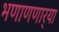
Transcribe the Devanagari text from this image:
भणाणणार्‍या